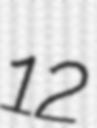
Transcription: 12